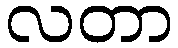
လတာ